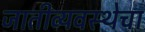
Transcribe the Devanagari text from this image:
जातीव्यवस्थेचा